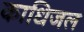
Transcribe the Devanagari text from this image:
काधिजल